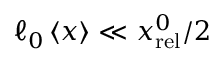
\ell _ { 0 } \left\langle x \right\rangle \ll x _ { \mathrm { r e l } } ^ { 0 } / 2